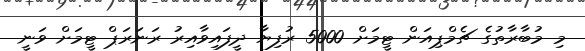
މި މުބާރާތުގެ ޗެމްޕިއަން ޓީމަށް 5000 ރުފިޔާ ދީފައިވާއިރު ރަނަރަޕް ޓީމަށް ވަނީ